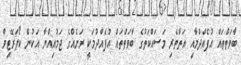
ބާވަތްތައް އުފެއްދުމާއި އަތްތެރި މަސައްކަތުގެ ބާވަތްތައް އުފެއްދުމަކީ ރަށެއްގެ ޖަމުއިއްޔާ އަކުން ކޯޕަރޭޓިވް